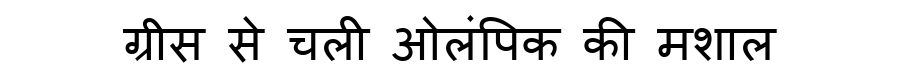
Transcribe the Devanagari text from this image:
ग्रीस से चली ओलंपिक की मशाल